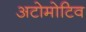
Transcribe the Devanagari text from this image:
अटोमोटिव